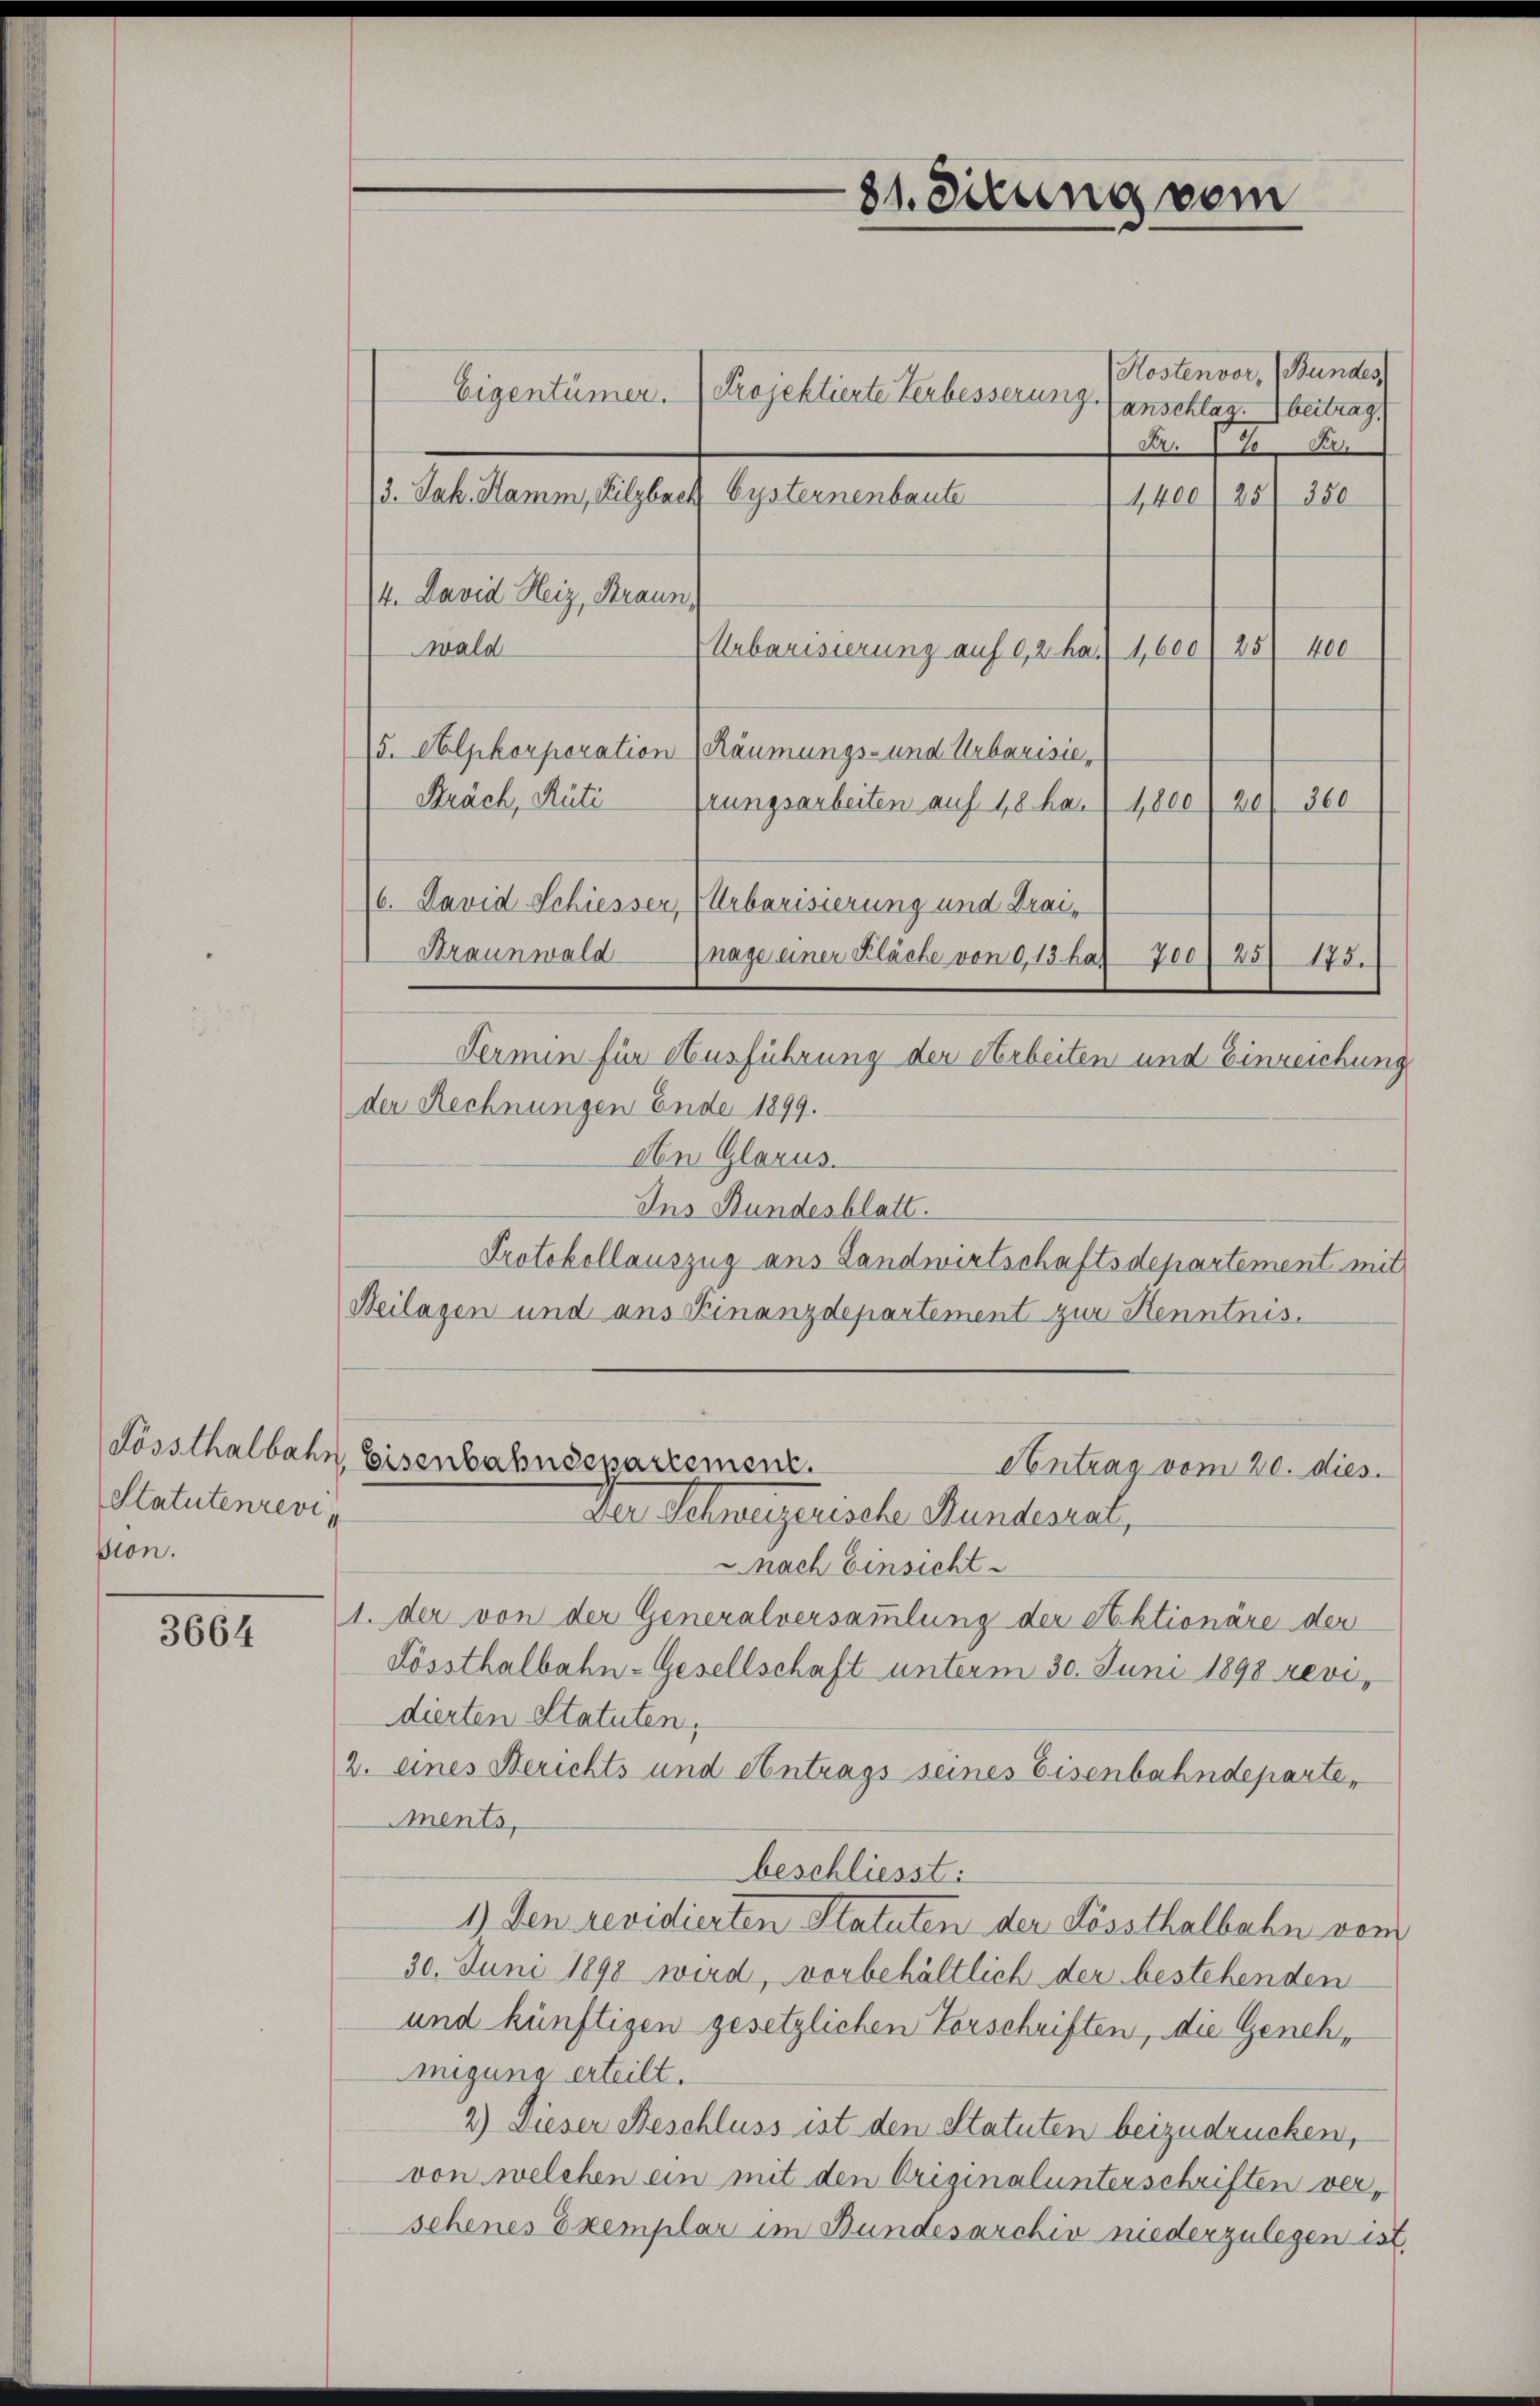
Fössthalbahn
Statutenrevision.

3664

Kostenvor, (Bundes,
Eigentümer. Projektierte Verbesserung (anschlag. betrag
Fr. 1
4400/25/ 350
4. David Heiz, Braun,
wald
Urbarisierung auf 0,2 ha.  1,600/25 400
15. Olskorporation (Räumungs- und Urbarisie,
Kräch, Rüti
rungsarbeiten auf 48 har 1800 (20/ 360
Braunwald
nage einer Kläche von 0,13 hat 700) 25 175.
Fermin für Ausführung der Arbeiten und Einreichung
der Rechnungen Ende 1899.
An Glarus.
Ins Bundesblatt.
Protokollauszug aus Landwirtschaftsdepartement mit
Neilagen und ans Finanzdepartement zur Kenntnis.
Eisenbahndepartement.
Antrag vom 20. dies
Der Schweizerische Handesrat,
nach Einsicht
1. der von der Generalversammlung der Aktionäre der
Kössthalbahn-Gesellschaft unterm 30. Juni 1898 revidierten Statuten,
2. eines Berichts und Antrags seines Eisenbahndeparte,
Ments,
beschliesst:
1.) Den revidierten Statuten der Kössthalbahn vom
30. Juni 1898 wird, vorbehältlich der bestehenden
und künftigen gesetzlichen Vorschriften, die Genehmigung erteilt.
2) Dieser Beschluss ist den Statuten beizudrucken,
von welchen ein mit den Originalunterschriften verschenes Exemplar im Bundesarchiv niederzulegen ist,

13. Jak. Kamm, Filzbach Systernenbaute

6. David Schiesser, (Urbarisierung und Drai,

31. Situng vom